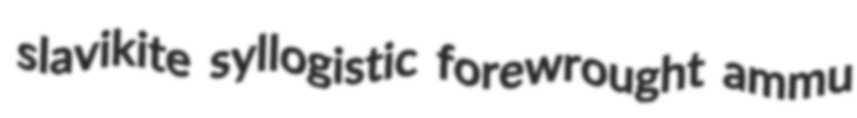
slavikite syllogistic forewrought ammu